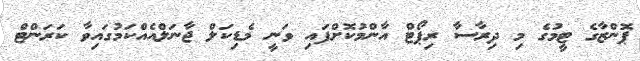
ޕޮންޒާގެ ޓީމުގެ މި ދިރާސާ ރިޕޯޓް އާންމުކޮށްފައި ވަނީ މެޑިކަލް ޖާނަލްއެއްކަމުގައިވާ ކަރަންޓް